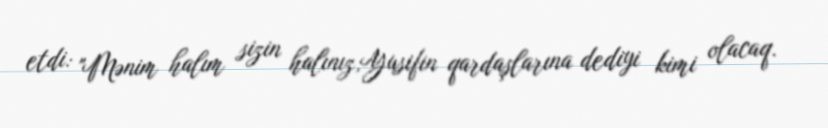
etdi: "Mənim halım sizin halınız,Yusifin qardaşlarına dediyi kimi olacaq.